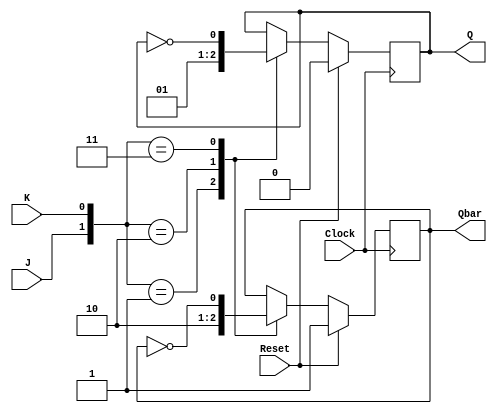
module neg_edge_jk_ff(
    input J, // J input
    input K, // K input
    input Clock, // Clock input
    input Reset, // Reset input
    output reg Q, // Q output
    output reg Qbar // Qbar output
);

// flip-flop behavior
always @(negedge Clock) begin
    if (Reset) begin
        Q <= 1'b0;
        Qbar <= 1'b1;
    end else begin
        case({J, K})
            2'b00: ; // No change
            2'b01: begin // Reset
                Q <= 1'b0;
                Qbar <= 1'b1;
            end
            2'b10: begin // Set
                Q <= 1'b1;
                Qbar <= 1'b0;
            end
            2'b11: begin // Toggle
                Q <= ~Q;
                Qbar <= ~Qbar;
            end
        endcase
    end
end

endmodule